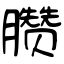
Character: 臜